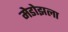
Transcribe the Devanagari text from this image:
मेडोझला